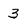
Character: 3